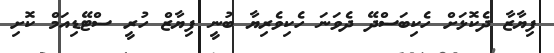
ފިޔާޒާ ދެކޮޅަށް ހެކިބަސްދޭ ދެވަނަ ހެކިވެރިޔާ ބުނީ ފިޔާޒް ހުރީ ސްޓޭޑިއަމް ކޮށި